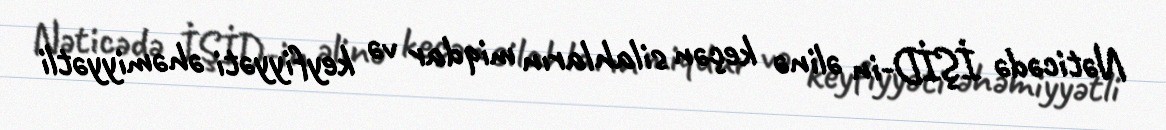
Nəticədə İŞİD-in əlinə keçən silahların miqdar və keyfiyyəti əhəmiyyətli